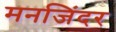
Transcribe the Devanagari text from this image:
मनजिंदर